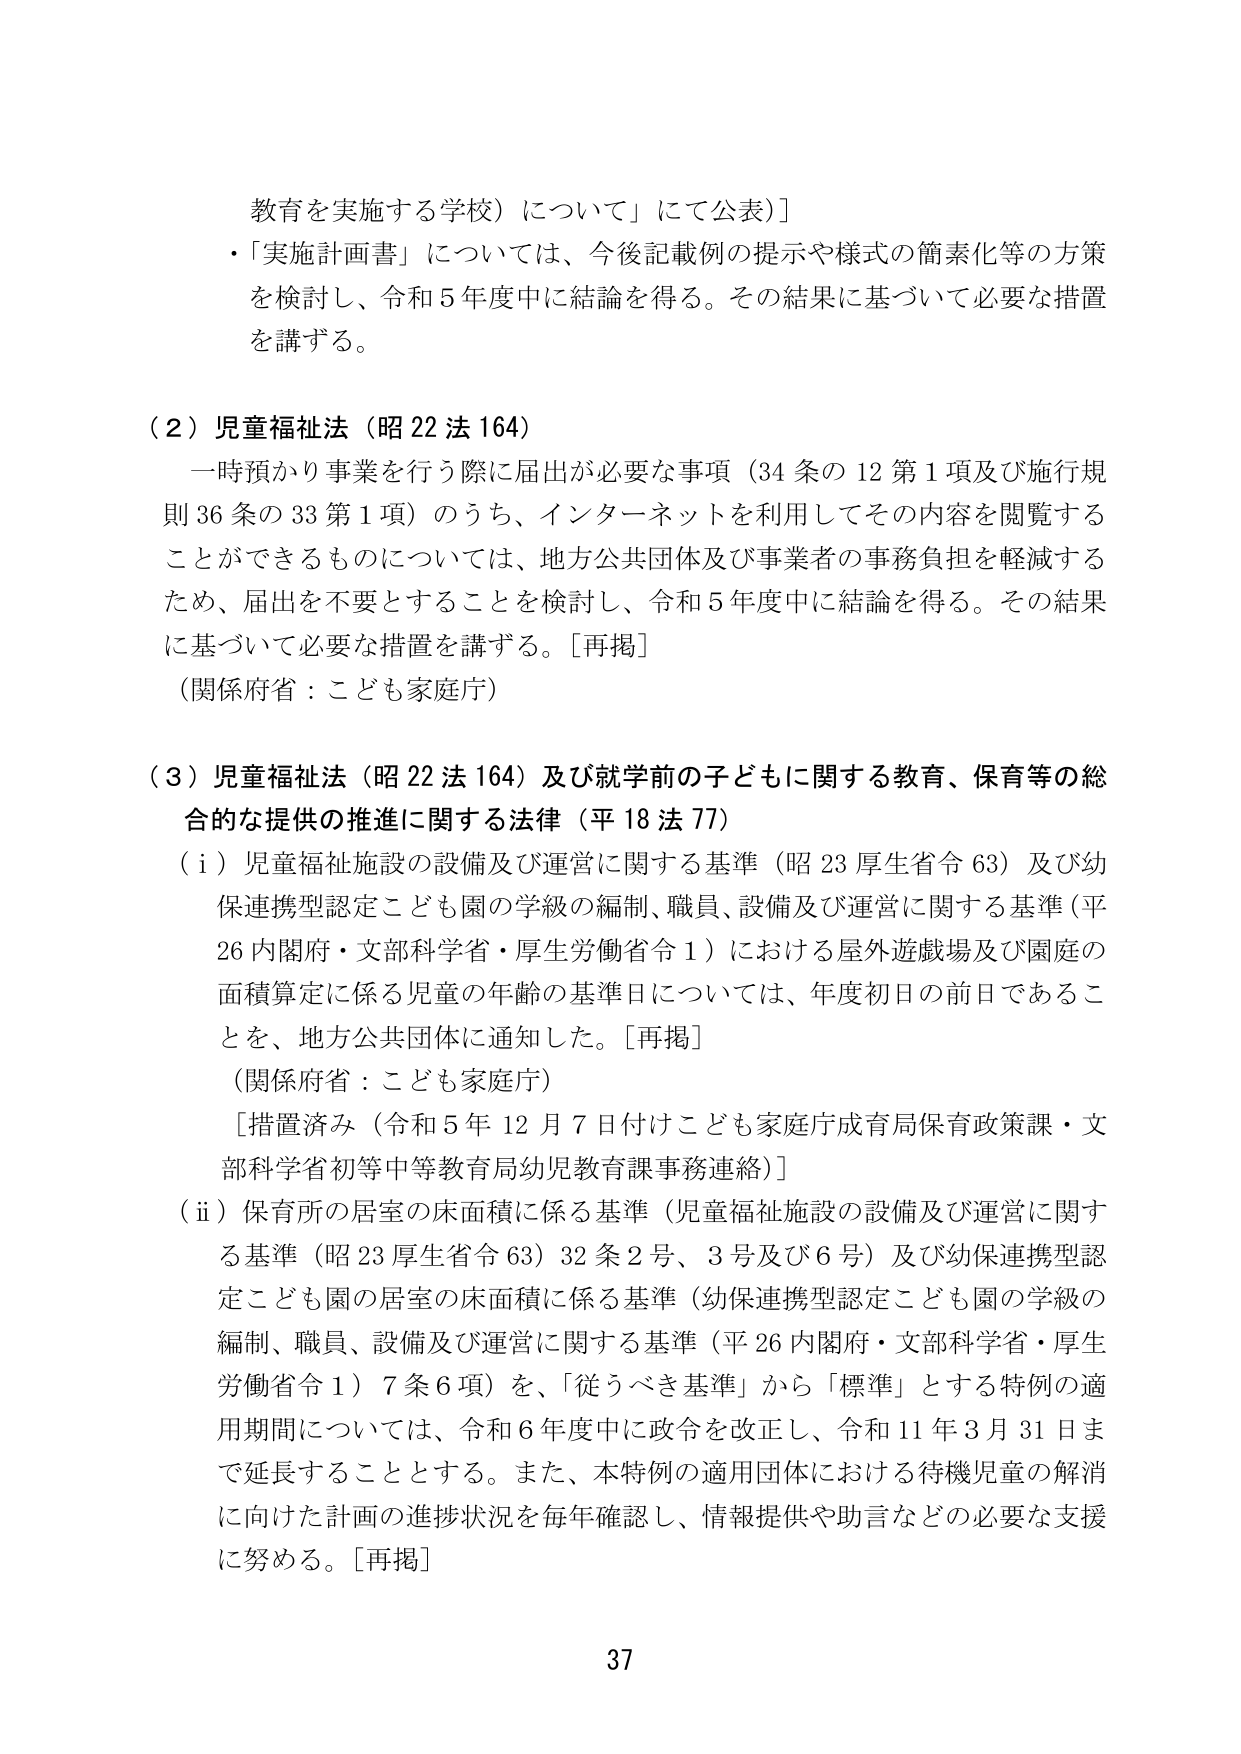
教育を実施する学校）について」にて公表］
・「実施計画書」については、今後記載例の提示や様式の簡素化等の方策を検討し、令和５年度中に結論を得る。その結果に基づいて必要な措置を講ずる。

（２）児童福祉法（昭22法164）
一時預かり事業を行う際に届出が必要な事項（34条の12第1項及び施行規則36条の33第1項）のうち、インターネットを利用してその内容を閲覧することができるものについては、地方公共団体及び事業者の事務負担を軽減するため、届出を不要とすることを検討し、令和５年度中に結論を得る。その結果に基づいて必要な措置を講ずる。［再掲］
（関係府省：こども家庭庁）

（３）児童福祉法（昭22法164）及び就学前の子どもに関する教育、保育等の総合的な提供の推進に関する法律（平18法77）
（ⅰ）児童福祉施設の設備及び運営に関する基準（昭23厚生省令63）及び幼保連携型認定こども園の学級の編制、職員、設備及び運営に関する基準（平26内閣府・文部科学省・厚生労働省令1）における屋外遊戯場及び園庭の面積算定に係る児童の年齢の基準日については、年度初日の前日であることを、地方公共団体に通知した。［再掲］
（関係府省：こども家庭庁）
［措置済み（令和５年12月7日付けこども家庭庁成育局保育政策課・文部科学省初等中等教育局幼児教育課事務連絡）］
（ⅱ）保育所の居室の床面積に係る基準（児童福祉施設の設備及び運営に関する基準（昭23厚生省令63）32条2号、3号及び6号）及び幼保連携型認定こども園の居室の床面積に係る基準（幼保連携型認定こども園の学級の編制、職員、設備及び運営に関する基準（平26内閣府・文部科学省・厚生労働省令1）7条6項）を、「従うべき基準」から「標準」とする特例の適用期間については、令和６年度中に政令を改正し、令和11年3月31日まで延長することとする。また、本特例の適用団体における待機児童の解消に向けた計画の進捗状況を毎年確認し、情報提供や助言などの必要な支援に努める。［再掲］

37